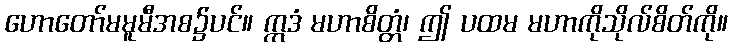
ဟောတော်မမူမီအစ၌ပင်။ ဣဒံ မဟာစိတ္တံ၊ ဤ ပထမ မဟာကိုသိုလ်စိတ်ကို။